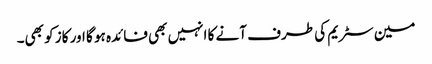
مین سٹریم کی طرف آنے کا انہیں بھی فائدہ ہو گا اور کاز کو بھی۔